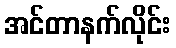
အင်တာနက်လိုင်း